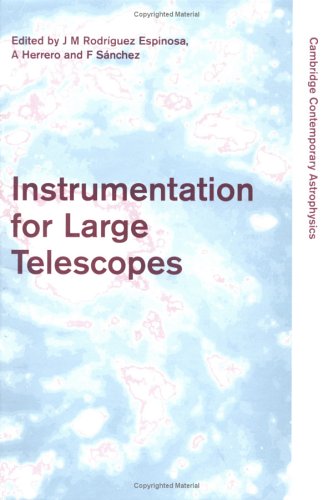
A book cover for Instrumentation for Large Telescopes (Cambridge Contemporary Astrophysics); Science & Math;